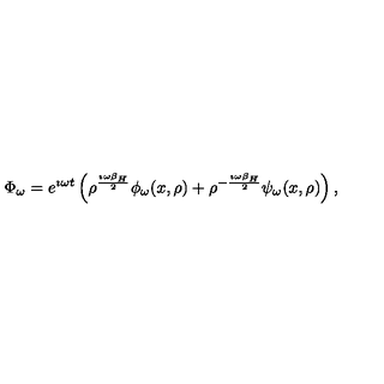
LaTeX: \Phi _ { \omega } = e ^ { \imath \omega t } \left( \rho ^ { \frac { \imath \omega \beta _ { H } } { 2 } } \phi _ { \omega } ( x , \rho ) + \rho ^ { - { \frac { \imath \omega \beta _ { H } } { 2 } } } \psi _ { \omega } ( x , \rho ) \right) ,